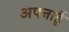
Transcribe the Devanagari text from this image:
अपनाईं